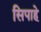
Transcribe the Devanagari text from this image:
सिपाहे